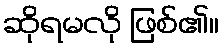
ဆိုရမလို ဖြစ်၏။